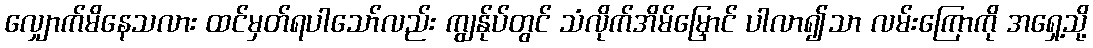
လျှောက်မိနေသလား ထင်မှတ်ရပါသော်လည်း ကျွန်ုပ်တွင် သံလိုက်အိမ်မြှောင် ပါလာ၍သာ လမ်းကြောကို အရှေ့သို့